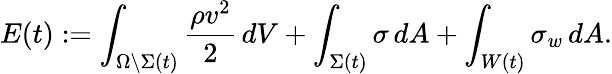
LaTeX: E(t):=\int_{\Omega\setminus\Sigma(t)}\frac{\rho v^{2}}{2}\, dV+\int_{\Sigma(t)}\sigma\, dA+\int_{W(t)}\sigma_{w}\, dA.